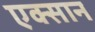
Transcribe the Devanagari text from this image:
एक्सान